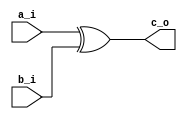
module xor1(
          input a_i,
          input b_i,
          output c_o
);

assign c_o = a_i ^ b_i;

endmodule